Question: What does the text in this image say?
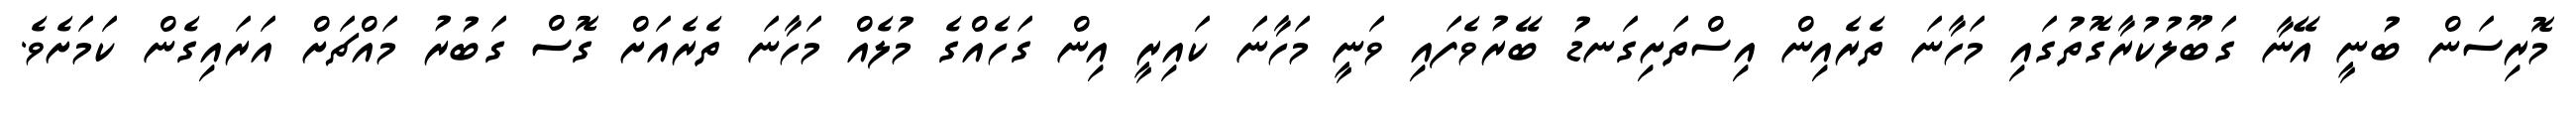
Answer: މޮރިސަން ބުނީ އޭނާ ގަބޫލުކުރާގޮތުގައި މަހާނަ ތެރެއިން އިސްތަށިގަނޑު ބޭރުވެފައި ވަނީ މަހާނަ ކައިރީ އިން ގަހެއްގެ މުލެއް މަހާނަ ތެރެއަށް ގޮސް ގަބުރު މައްޗަށް އަރައިގެން ކަމަށެވެ.